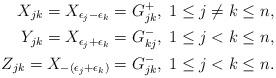
LaTeX: \begin{align*}X_{jk}=X_{{\epsilon}_j-{\epsilon}_k}=G_{jk}^{+},\; 1\leq j\neq k \leq n,\\Y_{jk}=X_{{\epsilon}_j+{\epsilon}_k}=G_{kj}^{-},\; 1\leq j< k \leq n,\\Z_{jk}=X_{-({\epsilon}_j+{\epsilon}_k)}=G_{jk}^{-},\; 1\leq j< k \leq n.\end{align*}